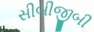
સીબીજીબી